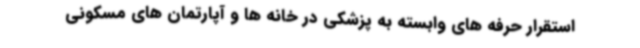
استقرار حرفه های وابسته به پزشکی در خانه ها و آپارتمان های مسکونی‌